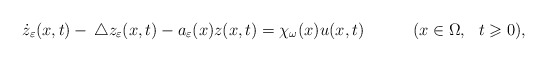
\begin{align*}\dot z_\varepsilon(x,t)-\, \triangle z_\varepsilon(x,t)-a_\varepsilon(x)z(x,t)=\chi_\omega(x) u(x,t) \quad\qquad(x\in \Omega,\ \ t\geqslant 0),\end{align*}